Report on vaccination in the Province of Bengal - 1874-1889
Year: 1874
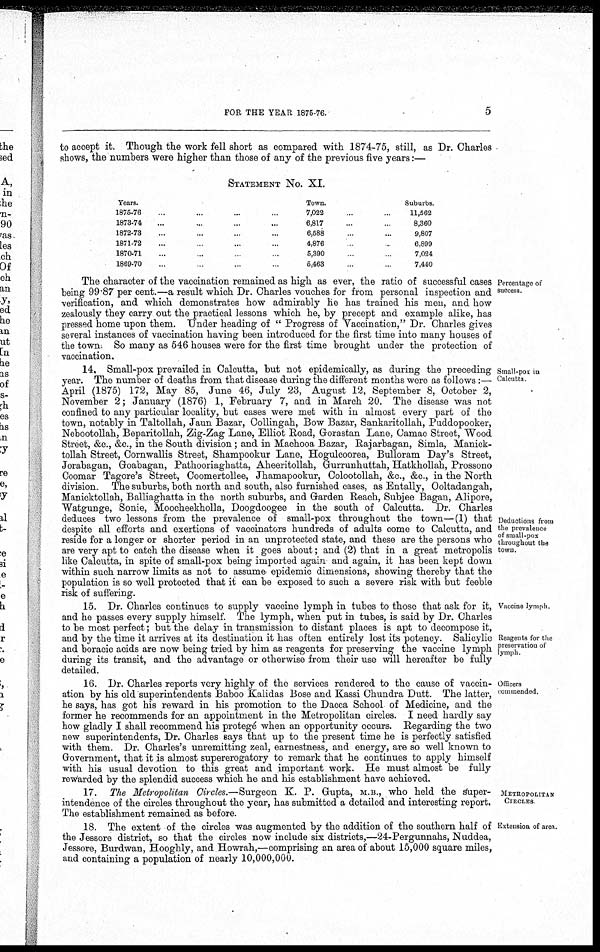
FOR THE YEAR 1875-76.
5
to accept it. Though the work fell short as compared with 1874-75, still, as Dr. Charles
shows, the numbers were higher than those of any of the previous five years:—
STATEMENT No. XI.
Years.
1875-76... ...
1873-74... ...
1872-73... ...
1871-72... ...
1870-71... ...
1869-70... ...
Town.
7,022
6,817
6,688
4,876
5,390
5,463
..
...
...
.
...
...
...
.
.
.
Suburbs.
11,562
8,360
9,807
6,899
7,024
7,440
Percentage of
success.
The character of the vaccination remained as high as ever, the ratio of successful cases
being 99.87 per cent.—a result which Dr. Charles vouches for from personal inspection and
verification, and which demonstrates how admirably he has trained his men, and how
zealously they carry out the practical lessons which he, by precept and example alike, has
pressed home upon them. Under heading of " Progress of Vaccination," Dr. Charles gives
several instances of vaccination having been introduced for the first time into many houses of
the town. So many as 546 houses were for the first time brought under the protection of
vaccination.
Small-pox in
Calcutta.
Deductions from
the prevalence
of small-pox
throughout the
town.
14. Small-pox prevailed in Calcutta, but not epidemically, as during the preceding
year. The number of deaths from that disease during the different months were as follows:—
April (1875) 172, May 85, June 46, July 23, August 12, September 8, October 2,
November 2; January (1876) 1, February 7, and in March 20. The disease was not
confined to any particular locality, but cases were met with in almost every part of the
town, notably in Taltollah, Jaun Bazar, Collingah, Bow Bazar, Sankaritollah, Puddopooker,
Nebootollah, Beparitollah, Zig-Zag Lane, Elliot Road, Gorastan Lane, Camac Street, Wood
Street, &c., &c., in the South division ; and in Machooa Bazar, Rajarbagan, Simla, Manick-
tollah Street, Cornwallis Street, Shampookur Lane, Hogulcoorea, Bulloram Day's Street,
Jorabagan, Goabagan, Pathooriaghatta, Aheeritollah, Gurrunhuttah, Hatkhollah, Prossono
Coomar Tagore's Street, Coomertollee, Jhamapookur, Colootollah, &c., &c., in the North
division. The suburbs, both north and south, also furnished cases, as Entally, Ooltadangah,
Manicktollah, Balliaghatta in the north suburbs, and Garden Reach, Subjee Bagan, Alipore,
Watgunge, Sonie, Moocheekholla, Doogdoogee in the south of Calcutta. Dr. Charles
deduces two lessons from the prevalence of small-pox throughout the town—(1) that
despite all efforts and exertions of vaccinators hundreds of adults come to Calcutta, and
reside for a longer or shorter period in an unprotected state, and these are the persons who
are very apt to catch the disease when it goes about; and (2) that in a great metropolis
like Calcutta, in spite of small-pox being imported again and again, it has been kept down
within such narrow limits as not to assume- epidemic dimensions, showing thereby that the
population is so well protected that it can be exposed to such a severe risk with but feeble
risk of suffering.
Vaccine lymph.
Reagents for the
preservation of
lymph.
15. Dr. Charles continues to supply vaccine lymph in tubes to those that ask for it,
and he passes every supply himself. The lymph, when put in tubes, is said by Dr. Charles
to be most perfect; but the delay in transmission to distant places is apt to decompose it,
and by the time it arrives at its destination it has often entirely lost its potency. Salicylic
and boracic acids are now being tried by him as reagents for preserving the vaccine lymph
during its transit, and the advantage or otherwise from their use will hereafter be fully
detailed.
Officers
commended.
16. Dr. Charles reports very highly of the services rendered to the cause of vaccin-
ation by his old superintendents Baboo Kalidas Bose and Kassi Chundra Dutt. The latter,
he says, has got his reward in his promotion to the Dacca School of Medicine, and the
former he recommends for an appointment in the Metropolitan circles. I need hardly say
how gladly I shall recommend his protegé when an opportunity occurs. Regarding the two
new superintendents, Dr. Charles says that up to the present time he is perfectly satisfied
with them. Dr. Charles's unremitting zeal, earnestness, and energy, are so well known to
Government, that it is almost supererogatory to remark that he continues to apply himself
with his usual devotion to this great and important work. He must almost be fully
rewarded by the splendid success which he and his establishment have achieved.
METROPOLITAN
CIRCLES
17. The Metropolitan Circles.—Surgeon K. P. Gupta, M.B., who held the super-
intendence of the circles throughout the year, has submitted a detailed and interesting report.
The establishment remained as before.
Extension of area.
18. The extent of the circles was augmented by the addition of the southern half of
the Jessore district, so that the circles now include six districts,—24-Pergunnahs, Nuddea,
Jessore, Burdwan, Hooghly, and Howrah,—comprising an area of about 15,000 square miles,
and containing a population of nearly 10,000,000.